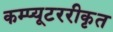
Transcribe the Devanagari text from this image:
कम्प्यूटररीकृत